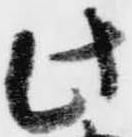
此